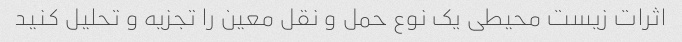
اثرات زیست محیطی یک نوع حمل و نقل معین را تجزیه و تحلیل کنید